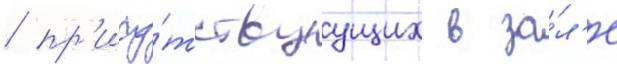
/ пр'ису́тствуущих в за́л'е